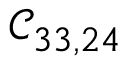
\mathcal { C } _ { 3 3 , 2 4 }